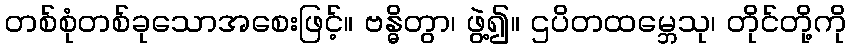
တစ်စုံတစ်ခုသောအစေးဖြင့်။ ဗန္ဓိတွာ၊ ဖွဲ့၍။ ဌပိတထမ္ဘေသု၊ တိုင်တို့ကို